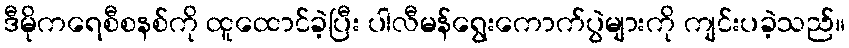
ဒီမိုကရေစီစနစ်ကို ထူထောင်ခဲ့ပြီး ပါလီမန်ရွေးကောက်ပွဲများကို ကျင်းပခဲ့သည်။